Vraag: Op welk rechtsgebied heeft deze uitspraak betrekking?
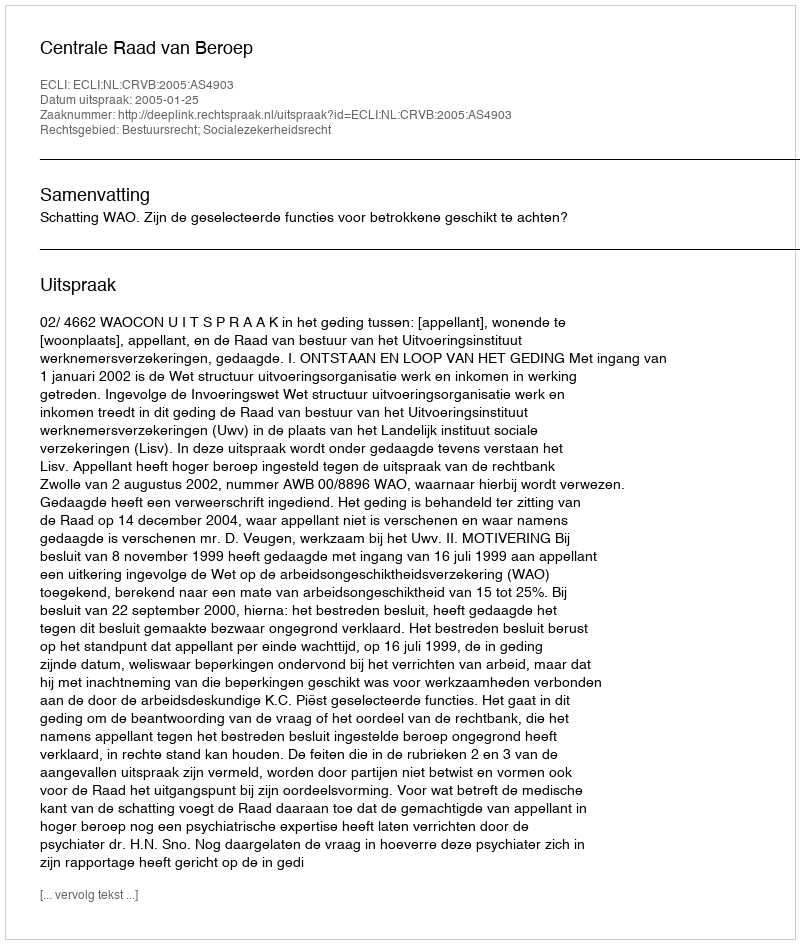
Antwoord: Bestuursrecht; Socialezekerheidsrecht